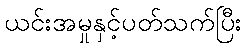
ယင်းအမှုနှင့်ပတ်သက်ပြီး